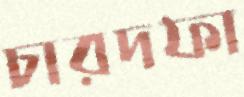
চারদফা